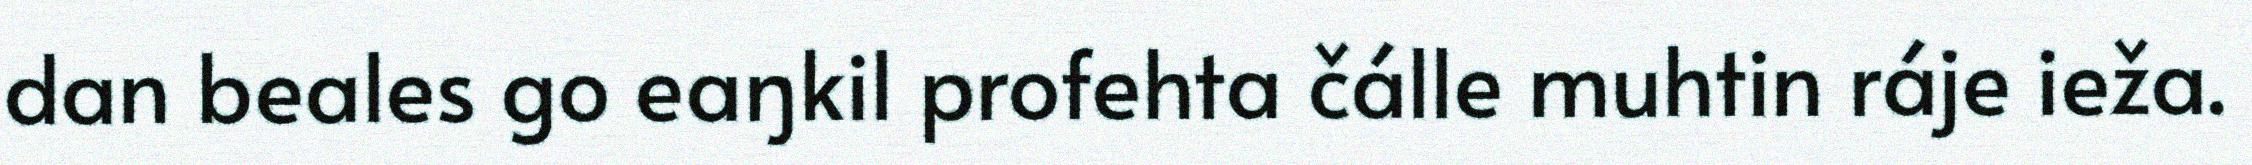
dan beales go eaŋkil profehta čálle muhtin ráje ieža.